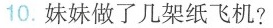
10.妹妹做了几架纸飞机？